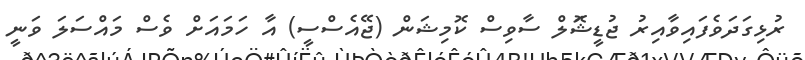
ރުޅިގަދަވެފައިވާއިރު ޖުޑީޝަޮލް ސާވިސް ކޮމިޝަން (ޖޭއެސްސީ) އާ ހަމައަށް ވެސް މައްސަލަ ވަނީ